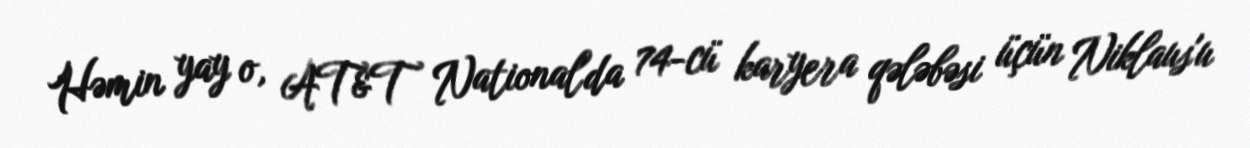
Həmin yay o, AT&T National'da 74-cü karyera qələbəsi üçün Niklaus'u